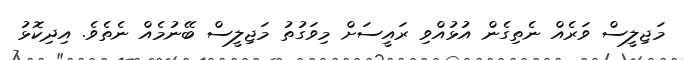
މަޖިލީސް ވަރެއް ނެތިގެން އުޅުއްވި ރައީސަށް މިވަގުތު މަޖިލީސް ބޭނުމެއް ނެތެވެ. އިދިކޮޅު